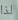
لذا